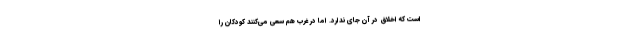
است که اخلاق در آن جای ندارد. اما در غرب هم سعی می‌کنند کودکان را